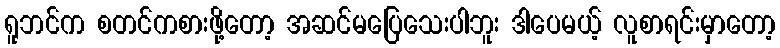
ရူဘင်က စတင်ကစားဖို့တော့ အဆင်မပြေသေးပါဘူး ဒါပေမယ့် လူစာရင်းမှာတော့